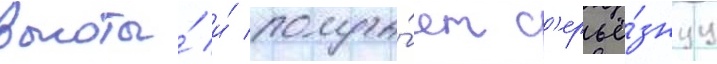
высоты́ и́ получа́ет с'ерьё́знуу